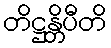
တိဋ္ဌန္တိပီတိ